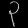
Digit: ၃